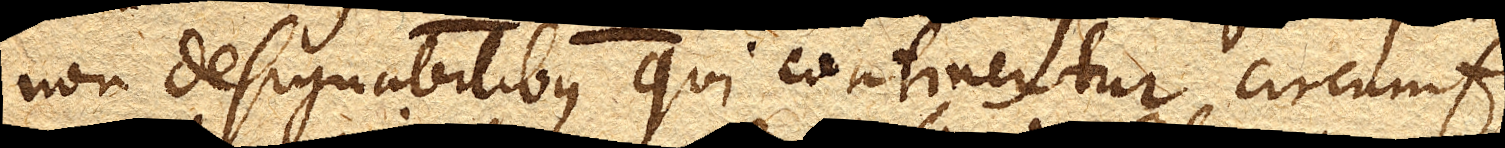
non designabilibus qui continentur circumfe–